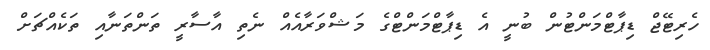
ހެރިޓޭޖް ޑިޕާޓްމަންޓުން ބުނީ އެ ޑިޕާޓްމަންޓްގެ މަޝްވަރާއެއް ނެތި އާސާރީ ތަންތަނާއި ތަކެއްޗަށް